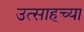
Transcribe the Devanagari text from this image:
उत्साहच्या